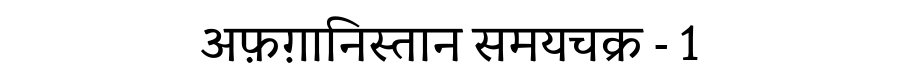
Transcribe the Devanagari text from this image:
अफ़ग़ानिस्तान समयचक्र - 1